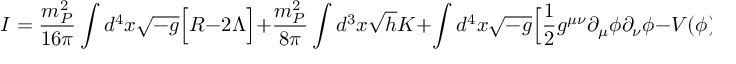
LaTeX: I = \frac { m _ { P } ^ { 2 } } { 1 6 \pi } \int d ^ { 4 } x \sqrt { - g } \Bigl [ R - 2 \Lambda \Bigr ] + \frac { m _ { P } ^ { 2 } } { 8 \pi } \int d ^ { 3 } x \sqrt { h } K + \int d ^ { 4 } x \sqrt { - g } \Bigl [ \frac { 1 } { 2 } g ^ { \mu \nu } \partial _ { \mu } \phi \partial _ { \nu } \phi - V ( \phi ) \Bigr ] ,